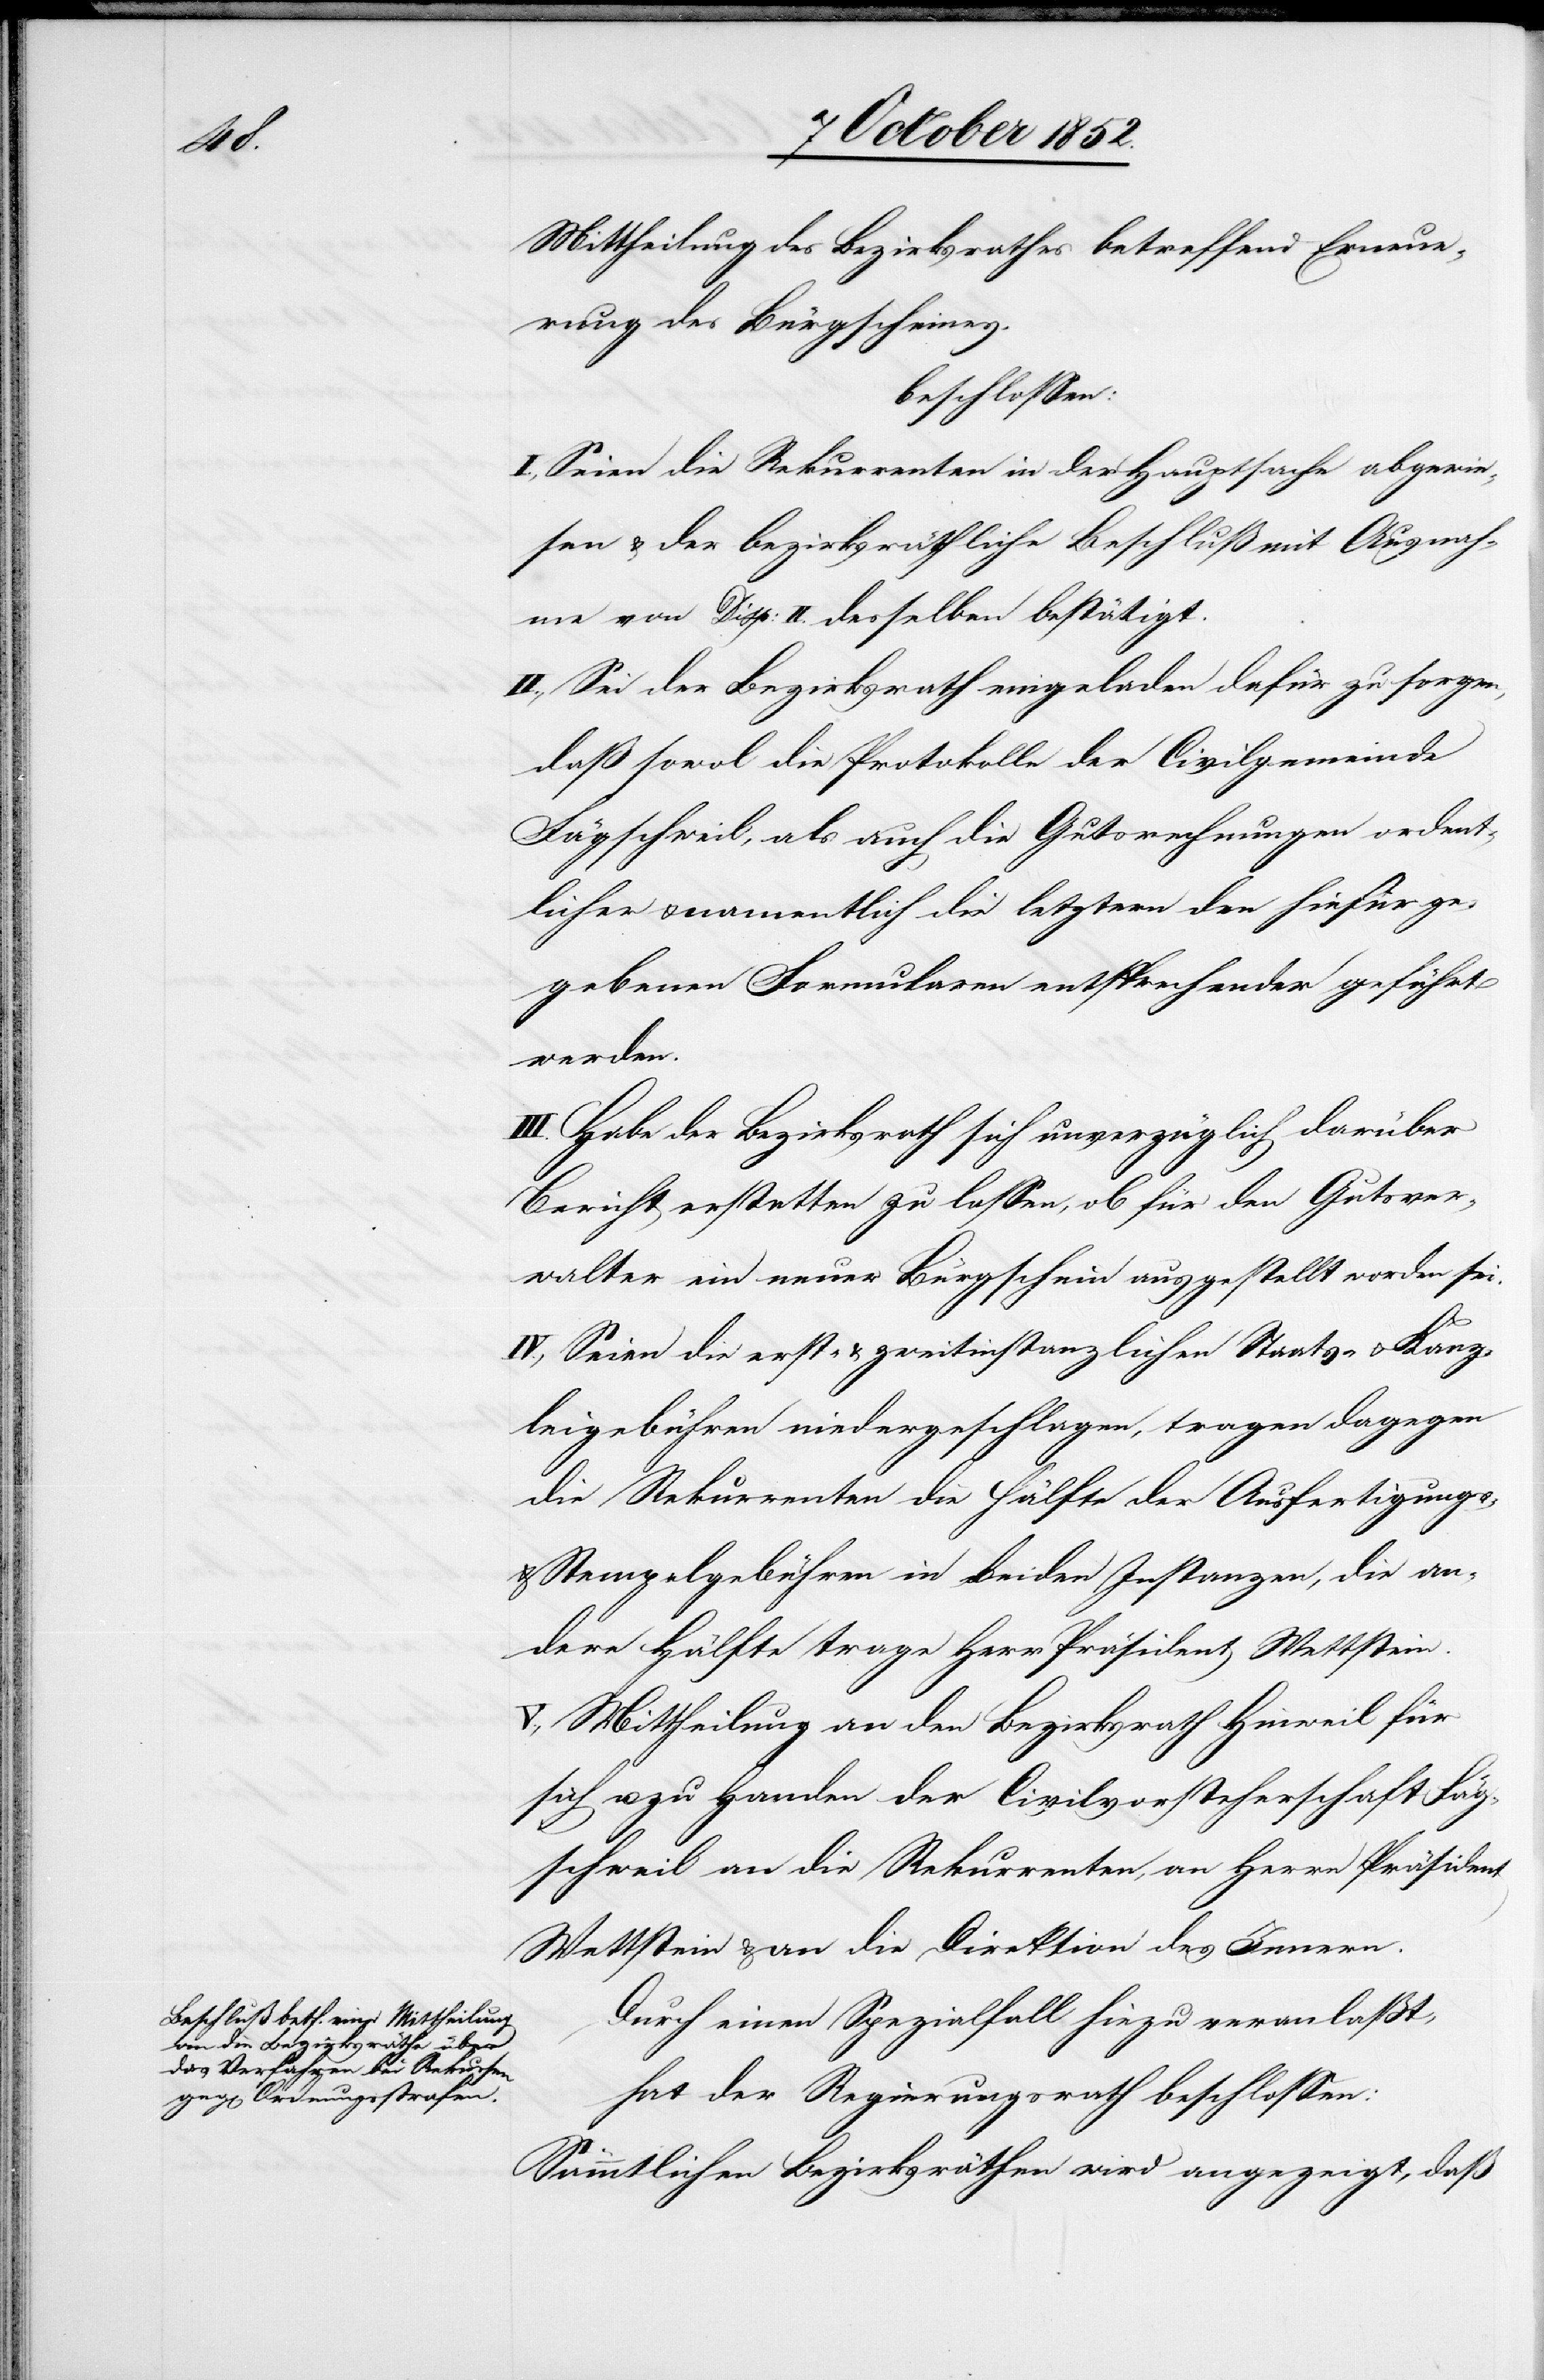
Mittheilung des Bezirksrathes betreffend Erneue¬
rung des Bürgscheines,
beschlossen:
I., Seien die Rekurrenten in der Hauptsache abgewie¬
sen & der bezirksräthliche Beschluß mit Ausnah¬
me von Disp: II. desselben bestätigt.
II., Sei der Bezirksrath eingeladen dafür zu sorgen,
daß sowol die Protokolle der Civilgemeinde
Fägschweil, als auch die Gutsrechnungen ordent¬
licher & namentlich die letztern den hiefür ge¬
gebenen Formularen entsprechender geführt
werden.
III. Habe der Bezirksrath sich unverzüglich darüber
Bericht erstatten zu lassen, ob für den Gutsver¬
walter ein neuer Bürgschein ausgestellt worden sei.
IV., Seien die erst- & zweitinstanzlichen Staats- & Kanz¬
leigebühren niedergeschlagen, tragen dagegen
die Rekurrenten die Hälfte der Ausfertigungs-
& Stempelgebühren in beiden Instanzen, die an¬
dere Hälfte trage Herr Präsident Wettstein.
V., Mittheilung an den Bezirksrath Hinweil für
sich u. zu Handen der Civilvorsteherschaft Fäg¬
schweil[,] an die Rekurrenten, an Herrn Präsident
Wettstein & an die Direktion des Innern.
Durch einen Spezialfall hiezu veranlaßt,
hat der Regierungsrath beschlossen:
Sämmtlichen Bezirksräthen wird angezeigt, daß